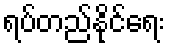
ရပ်တည်နိုင်ရေး